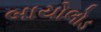
બાયોલોડ